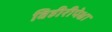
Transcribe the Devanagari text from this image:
विहीरीपेक्षा